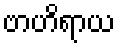
ဗာဟိရာယ